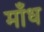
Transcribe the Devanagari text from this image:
माँध